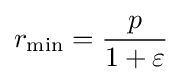
r_{\min }={\frac {p}{1+\varepsilon }}